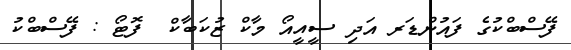
ފޭސްބްކުގެ ފައުންޑަރ އަދި ސީއީއޯ މާކް ޒުކަބާކް  ފޮޓޯ : ފޭސްބްކު